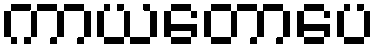
ကာယတောပေ